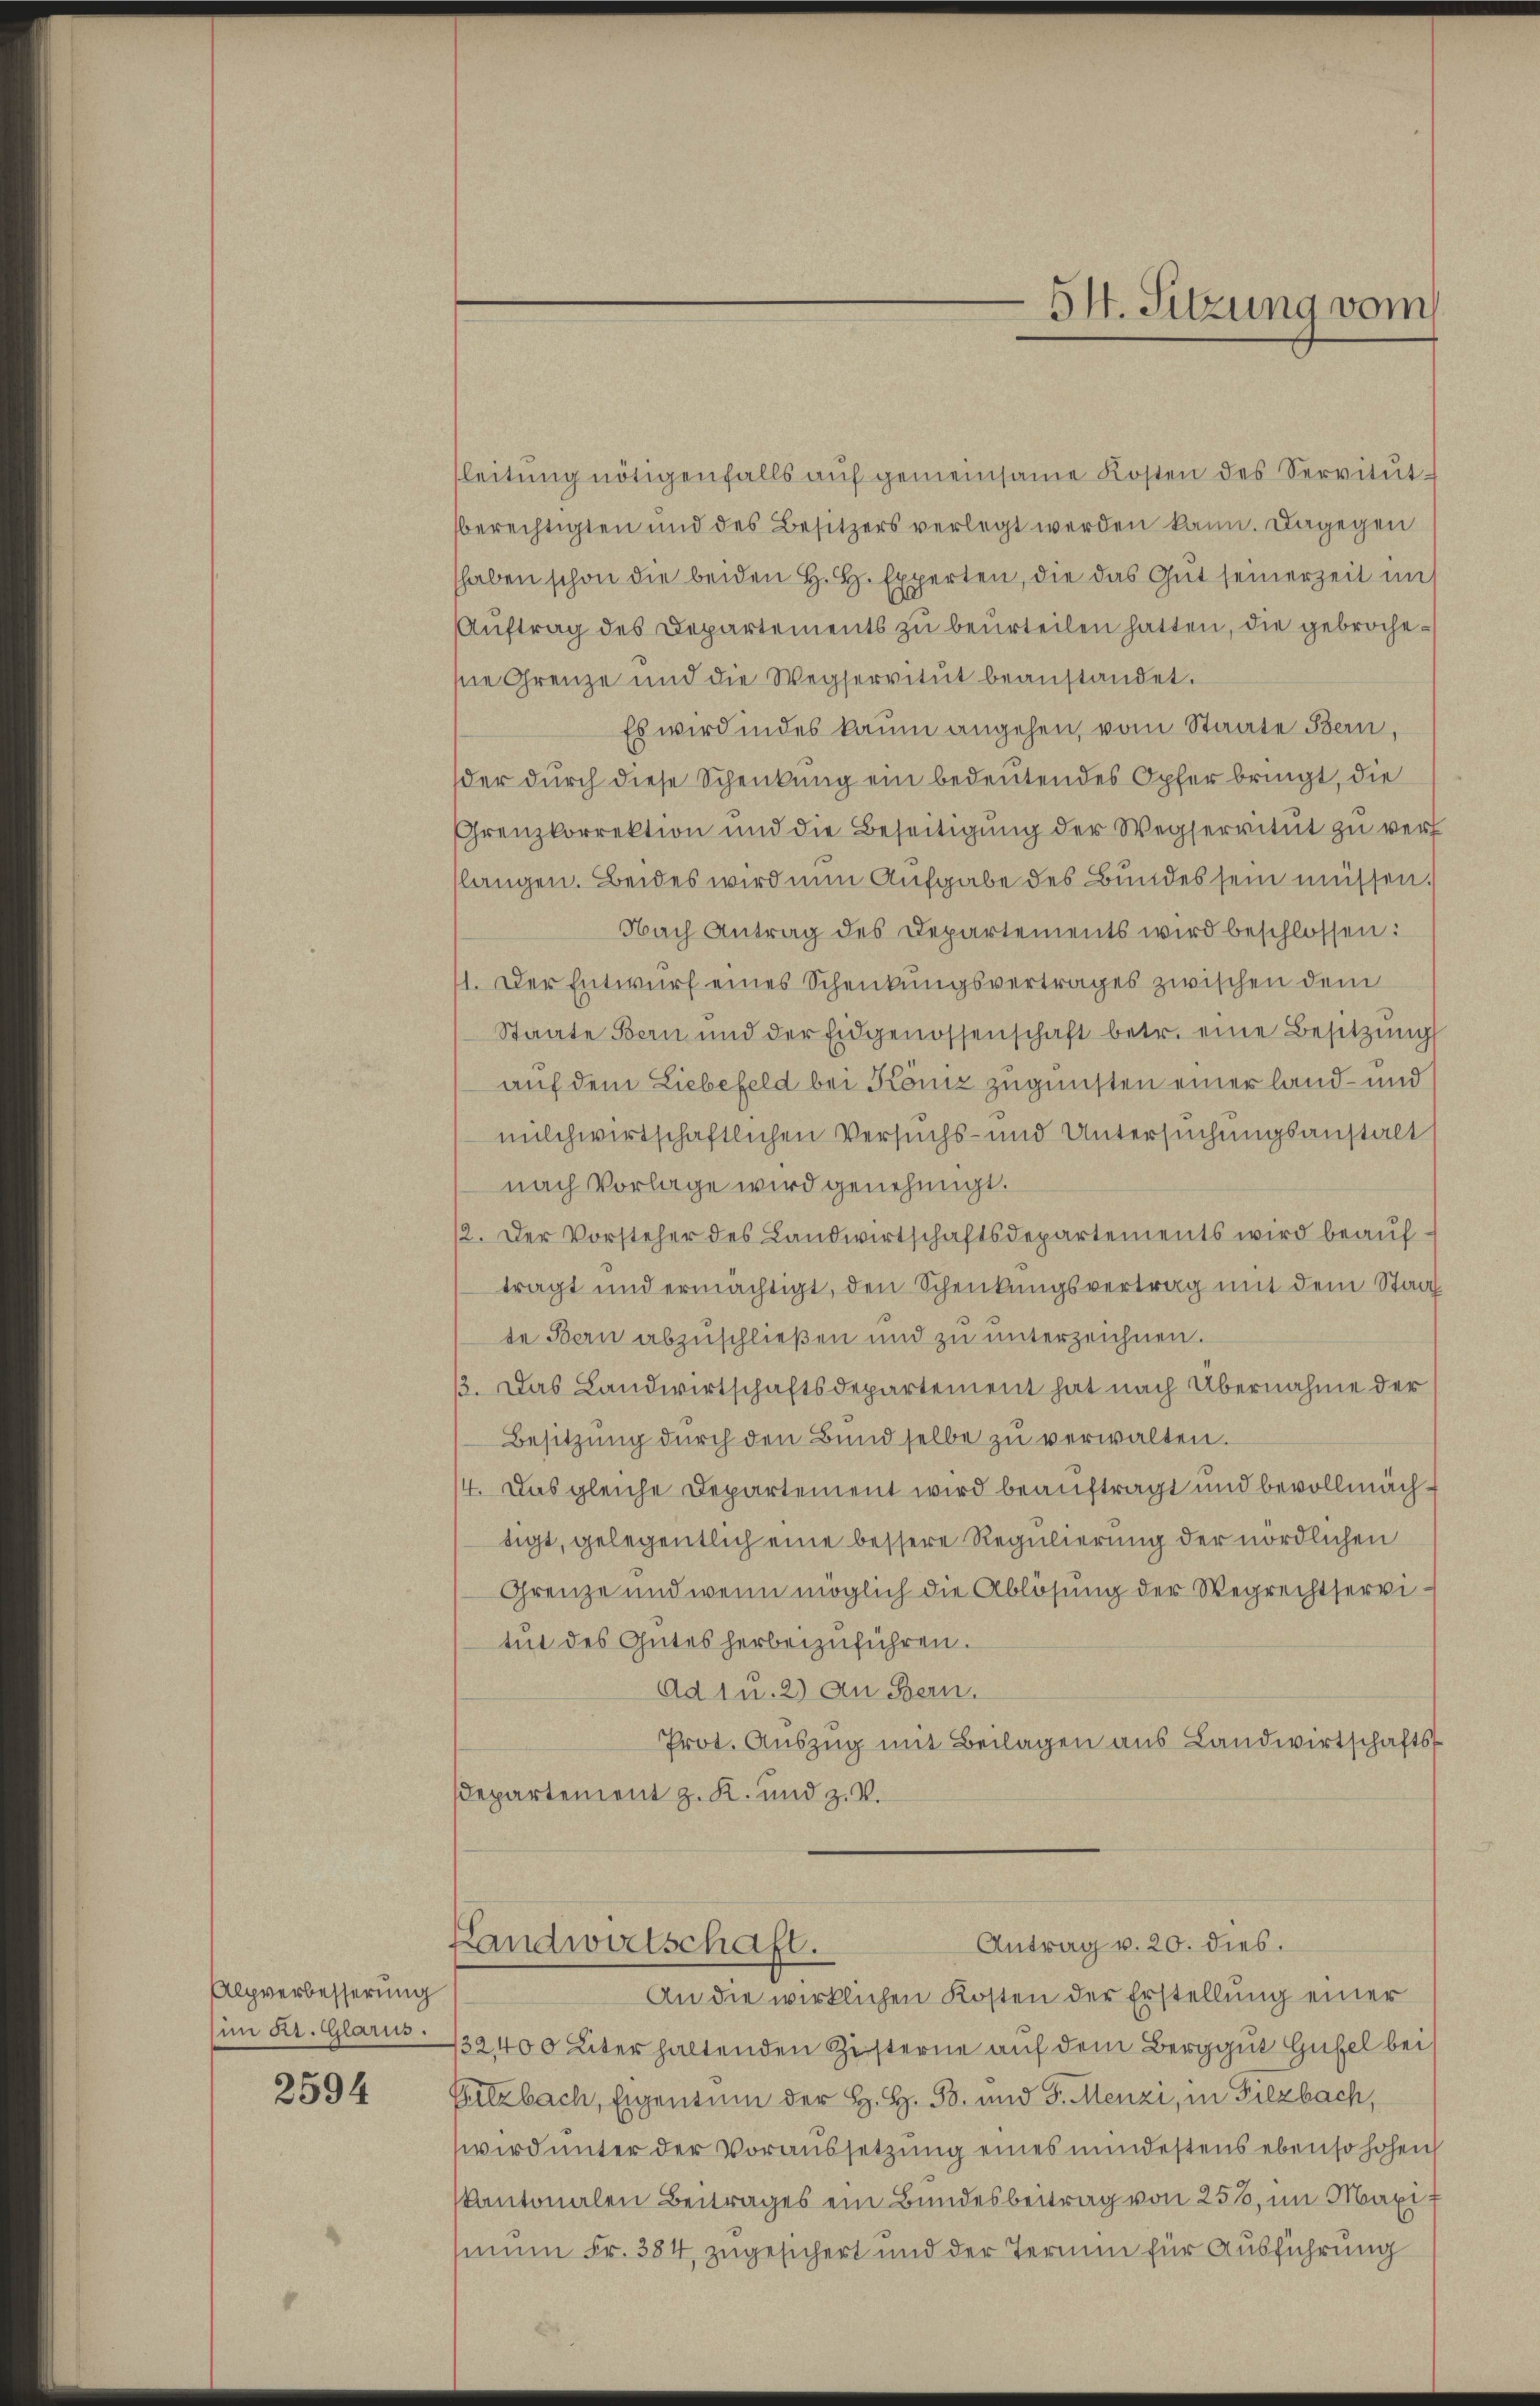
Alpverbesserung
(im Kt. Glarus.

2594

leitŭng nötigenfalls aŭf gemeinsame Kosten des Servitŭt-
berechtigten und des Besitzers verlegt werden kann. Dagegen
haben schon die beiden H. H. Experten, die das Gut seinerzeit im
Aŭftrag des Departements zŭ beŭrteilen hatten, die gebrochesie Grenze und die Wegservitŭt beanstandet.
Es wird indes kaum angehen, vom Staate Bern,
der durch diese Schenkung ein bedeutendes Opfer bringt, die
Grenzkorrektion und die Beseitigŭng der Wegservitut zu verl
slangen. Beides wird nun Aufgabe des Bundes sein müssen.
Nach Antrag des Departements wird beschlossen:
11. Der Entwurf eines Schenkungsvertrages zwischen dem
Staate Bern und der Eidgenossenschaft betr. eine Besitzŭng
auf dem Liebefeld bei Köniz zugunsten einer land- und
milchwirtschaftlichen Versuchs- und Untersuchungsanstalt
nach Vorlage wird genehmigt.
12. Der Vorsteher des Landwirtschaftsdepartements wird beauftragt und ermächtigt, den Schenkungsvertrag mit dem Staat
te Bern abzuschließen und zu unterzeichnen.
13. Das Landwirtschaftsdepartement hat nach Übernahme der
Besitzŭng dŭrch den Bŭnd selbe zŭ verwalten.
4. Das gleiche Departement wird beauftragt und bevollmächtigt, gelegentlich eine bessere Regulierung der nördlichen
Grenze und wenn möglich die Ablösung der Wegrechtservi-
tut des Gutes herbeizuführen.
Ad 1n. 2) an Bern.
Prot. Auszug mit Beilagen aus Landwirtschafts
Departement z. K. und z. V.
Antrag v. 20. dies.
Landwirtschaft.
An die wirklichen Kosten der Erstellung einer
132400 Liter haltenden Zisterne auf dem Berggut Gufel bei
Elzbach, Eigentum der H. H. S. und G. Menzi, in Filzbach,
wird unter der Voraussetzung eines mindestens ebenso hohen
Kantonalen Beitrages ein Bundesbeitrag von 25%, im Mart
sinum Fr. 384, zugesichert und der Termin für Ausführung

54. Sitzung vom